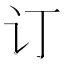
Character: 订